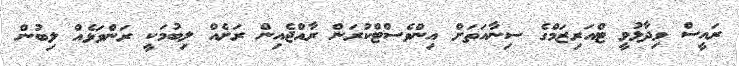
ރައީސް ވިދާޅުވީ ޓްއަރިޒަމްގެ ސިނާއަތަށް އިންވެސްޓްކުރަން ރާއްޖެއިން ރަށެއް ލިބުމަކީ ރަންވަޅެއް ލިބުން